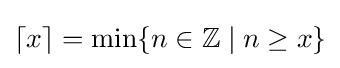
\lceil x\rceil =\min\{n\in \mathbb {Z} \mid n\geq x\}